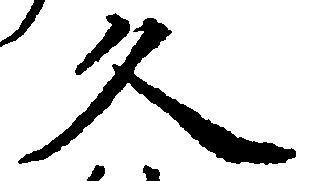
久